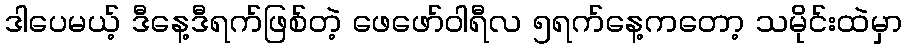
ဒါပေမယ့် ဒီနေ့ဒီရက်ဖြစ်တဲ့ ဖေဖော်ဝါရီလ ၅ရက်နေ့ကတော့ သမိုင်းထဲမှာ